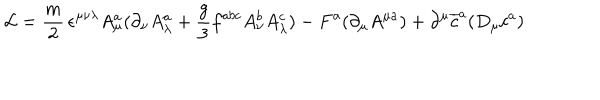
{ \cal L } = { \frac { m } { 2 } } \, \epsilon ^ { \mu \nu \lambda } A _ { \mu } ^ { a } ( \partial _ { \nu } A _ { \lambda } ^ { a } + { \frac { g } { 3 } } f ^ { a b c } A _ { \nu } ^ { b } A _ { \lambda } ^ { c } ) - F ^ { a } ( \partial _ { \mu } A ^ { \mu a } ) + \partial ^ { \mu } \overline { { { c } } } ^ { a } ( D _ { \mu } c ^ { a } )